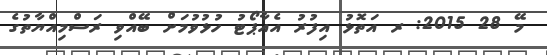
މޭ 28 2015: ރ އަތޮޅު އިފުރު އެއާޕޯޓު ހުޅުވުމަށް ބޭއްވި ރަސްމިއްޔާތުގެ